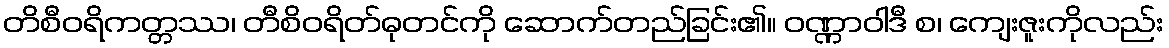
တိစီဝရိကတ္တဿ၊ တီစိဝရိတ်ဓုတင်ကို ဆောက်တည်ခြင်း၏။ ဝဏ္ဏာဝါဒီ စ၊ ကျေးဇူးကိုလည်း